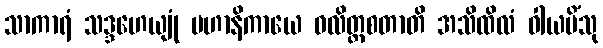
သာကာရံ သဒ္ဒဟေယျုံ မဟာနိကာယေ ဝလိတ္တစတာတိ အသိထိလံ ဝါယမိံသု